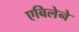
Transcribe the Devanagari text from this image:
एबिलेने